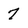
Character: 7